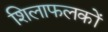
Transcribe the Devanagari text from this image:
शिलाफलकों